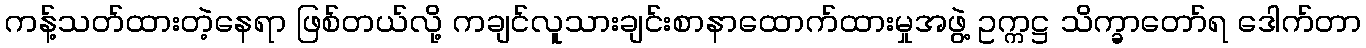
ကန့်သတ်ထားတဲ့နေရာ ဖြစ်တယ်လို့ ကချင်လူသားချင်းစာနာထောက်ထားမှုအဖွဲ့ ဥက္ကဋ္ဌ သိက္ခာတော်ရ ဒေါက်တာ